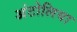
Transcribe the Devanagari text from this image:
अंटोलिया